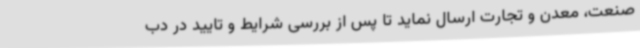
صنعت، معدن و تجارت ارسال نماید تا پس از بررسی شرایط و تایید در دب